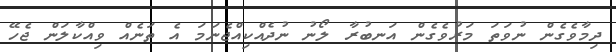
ދިމާވެގެން ނުވަތަ މަރުވެގެން އަނބުރާ ލޯނު ނުދެއްކިއްޖެނަމަ އެ ތަނެއް ވިއްކާލަން ޖެހޭ